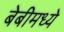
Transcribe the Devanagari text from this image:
बेबीमध्ये